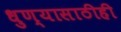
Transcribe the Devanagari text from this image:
धुण्यासाठीही